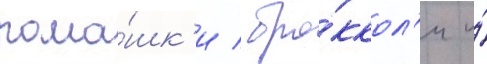
рома́шк'и / бро́ккол'и и́